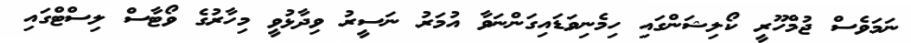
ނަމަވެސް ޖުމްހޫރީ ކޯލިޝަންގައި ހިމެނިވަޑައިގަންނަވާ އުމަރު ނަސީރު ވިދާޅުވީ މިހާރުގެ ވޯޓާސް ލިސްޓްގައި